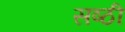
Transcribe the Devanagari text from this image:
सष्ठी